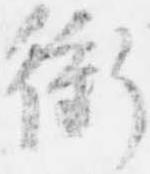
衝